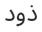
ذود